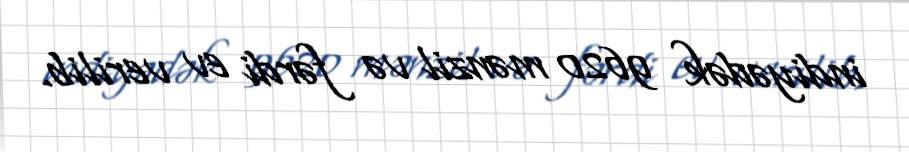
indiyədək 9620 mənzil və fərdi ev verilib.